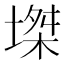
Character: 𡏝